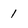
Character: 1